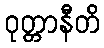
ဝုတ္တာနီတိ